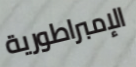
الإمبراطورية